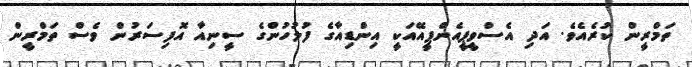
ތަމްރީން ކުރެއެވެ. އަދި އެސްވީޕީއެންޕީއޭއަކީ އިންޑިއާގެ ފުލުހުންގެ ސީނިއާ އޮފިސަރުން ވެސް ތަމްރީން